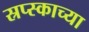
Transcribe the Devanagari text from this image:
स्रप्स्काच्या